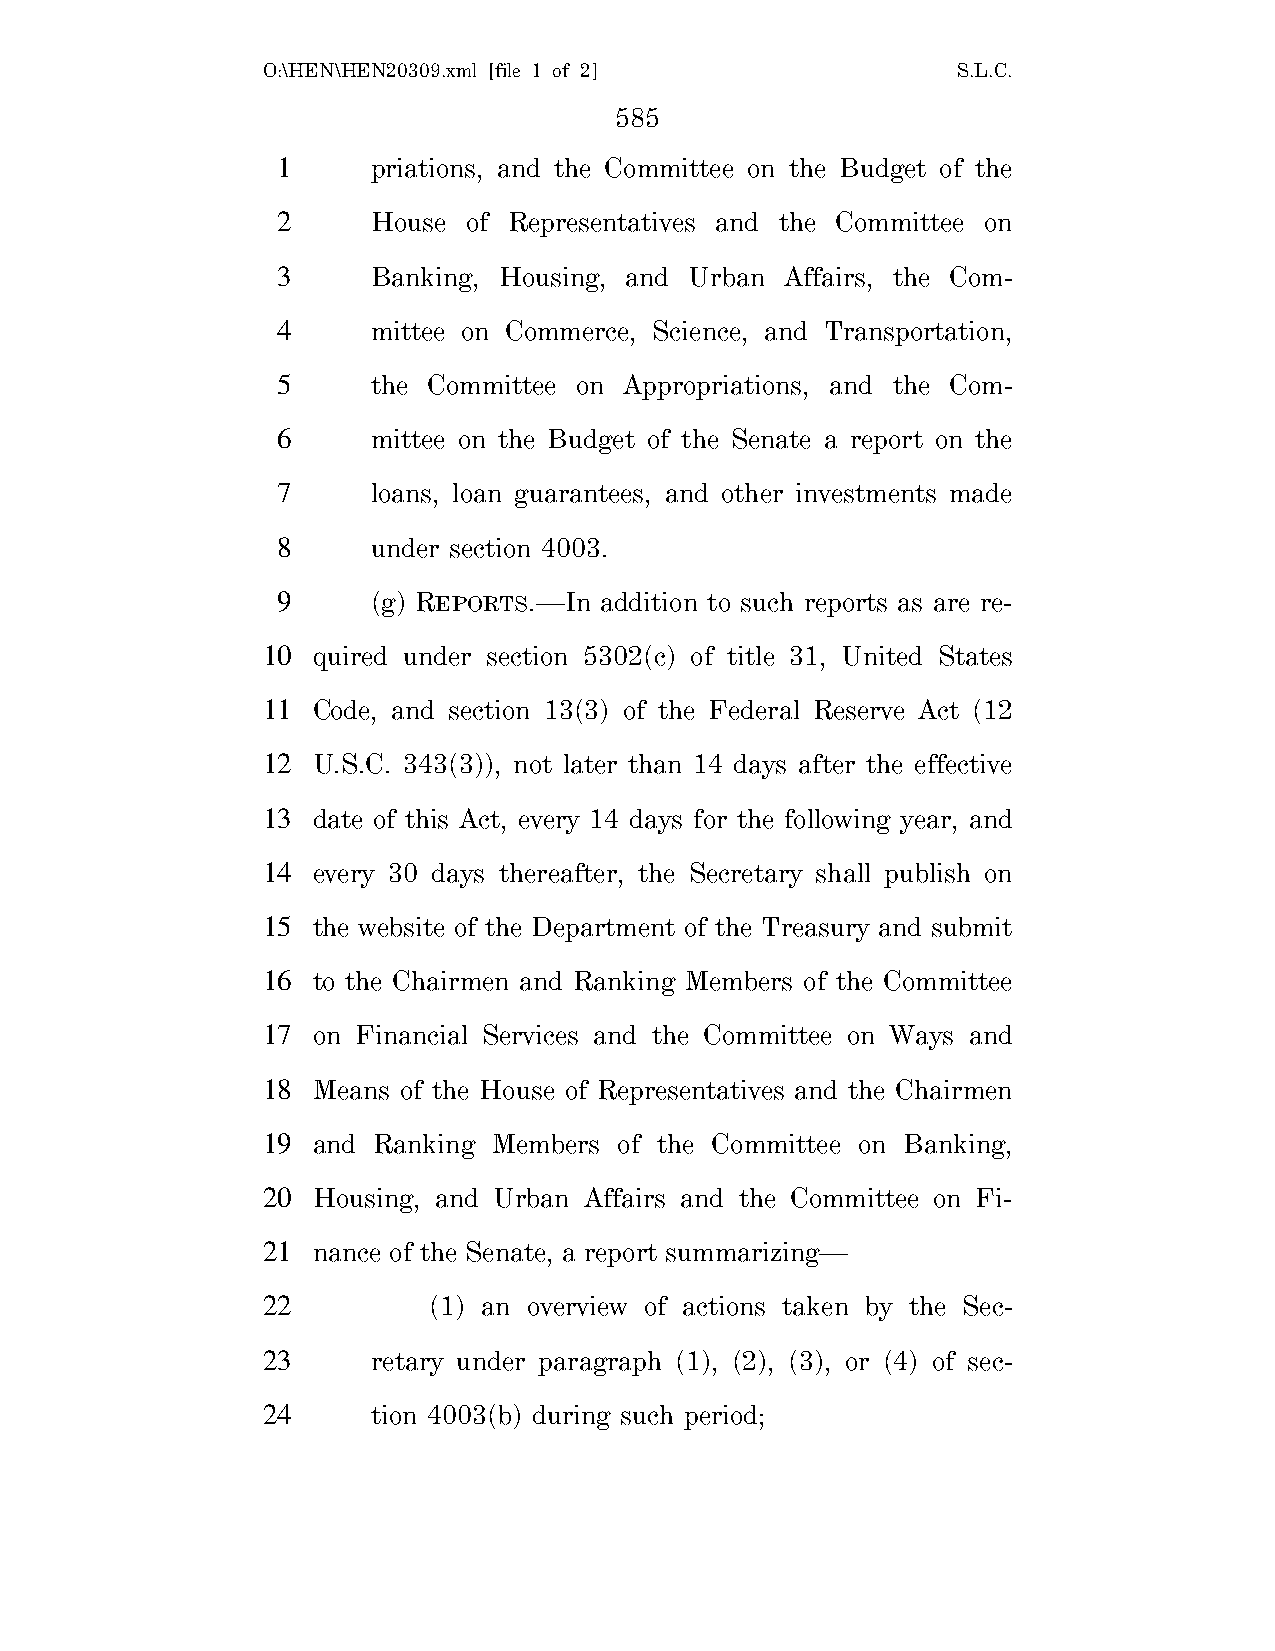
O:\HEN\HEN20309.xml [file 1 of 2]             S.L.C.
 585
 1      priations, and the Committee on the Budget of the
 2      House of Representatives and the Committee on
 3      Banking, Housing, and Urban Affairs, the Com-
 4      mittee on Commerce, Science, and Transportation,
 5      the Committee on Appropriations, and the Com-
 6      mittee on the Budget of the Senate a report on the
 7      loans, loan guarantees, and other investments made
 8      under section 4003.
 9      (g) REPORTS.—In addition to such reports as are re-
 10  quired under section 5302(c) of title 31, United States
 11  Code, and section 13(3) of the Federal Reserve Act (12
 12  U.S.C. 343(3)), not later than 14 days after the effective
 13  date of this Act, every 14 days for the following year, and
 14  every 30 days thereafter, the Secretary shall publish on
 15  the website of the Department of the Treasury and submit
 16  to the Chairmen and Ranking Members of the Committee
 17  on Financial Services and the Committee on Ways and
 18  Means of the House of Representatives and the Chairmen
 19  and Ranking Members of the Committee on Banking,
 20  Housing, and Urban Affairs and the Committee on Fi-
 21  nance of the Senate, a report summarizing—
 22         (1) an overview of actions taken by the Sec-
 23      retary under paragraph (1), (2), (3), or (4) of sec-
 24      tion 4003(b) during such period;